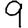
Digit: 9